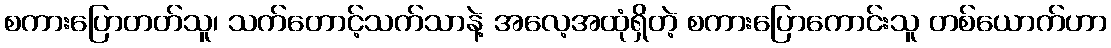
စကားပြောတတ်သူ၊ သက်တောင့်သက်သာနဲ့ အလေ့အထုံရှိတဲ့ စကားပြောကောင်းသူ တစ်ယောက်ဟာ